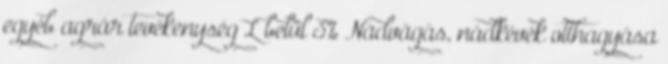
egyéb agrár tevékenység L belül 3% Nádvágás, nádkévék otthagyása